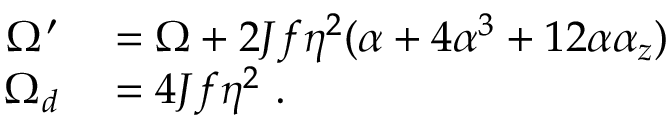
\begin{array} { r l } { \Omega ^ { \prime } } & { { } = \Omega + 2 J f \eta ^ { 2 } ( \alpha + 4 \alpha ^ { 3 } + 1 2 \alpha \alpha _ { z } ) } \\ { \Omega _ { d } } & { { } = 4 J f \eta ^ { 2 } \ . } \end{array}